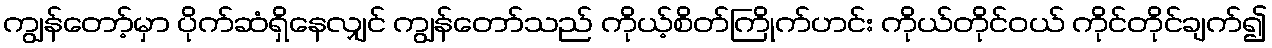
ကျွန်တော့်မှာ ပိုက်ဆံရှိနေလျှင် ကျွန်တော်သည် ကိုယ့်စိတ်ကြိုက်ဟင်း ကိုယ်တိုင်ဝယ် ကိုင်တိုင်ချက်၍